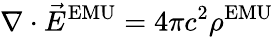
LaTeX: \nabla\cdot{\vec{E}}^{\mathrm{EMU}}=4\pi c^{2}\rho^{\mathrm{EMU}}